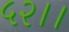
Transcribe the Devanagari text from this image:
५२।।